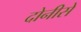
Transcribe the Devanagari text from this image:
दोनीसें